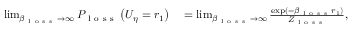
\begin{array} { r l } { \operatorname* { l i m } _ { \beta _ { \mathrm { ~ l ~ o ~ s ~ s ~ } } \rightarrow \infty } P _ { \mathrm { ~ l ~ o ~ s ~ s ~ } } \left( U _ { \eta } = r _ { 1 } \right) } & { { } = \operatorname* { l i m } _ { \beta _ { \mathrm { ~ l ~ o ~ s ~ s ~ } } \rightarrow \infty } \frac { \exp \left( - \beta _ { \mathrm { ~ l ~ o ~ s ~ s ~ } } r _ { 1 } \right) } { Z _ { \mathrm { ~ l ~ o ~ s ~ s ~ } } } , } \end{array}